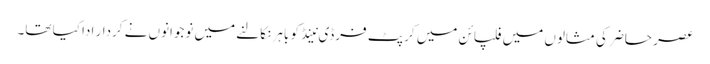
عصر حاضر کی مثالوں میں فلپائن میں کرپٹ فرڈی نینڈ کو باہر نکالنے میں نوجوانوں نے کردار ادا کیا تھا۔